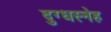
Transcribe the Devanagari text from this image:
दुग्धस्नेह